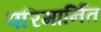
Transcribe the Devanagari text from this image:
परिमार्नित